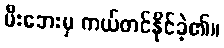
မီးဘေးမှ ကယ်တင်နိုင်ခဲ့၏။